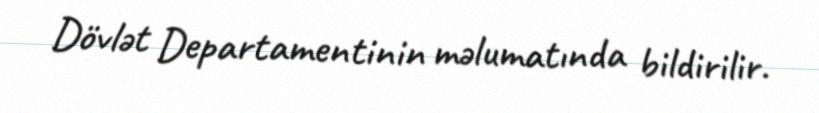
Dövlət Departamentinin məlumatında bildirilir.